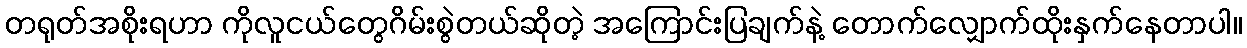
တရုတ်အစိုးရဟာ ကိုလူငယ်တွေဂိမ်းစွဲတယ်ဆိုတဲ့ အကြောင်းပြချက်နဲ့ တောက်လျှောက်ထိုးနှက်နေတာပါ။